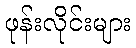
ဖုန်းလိုင်းများ